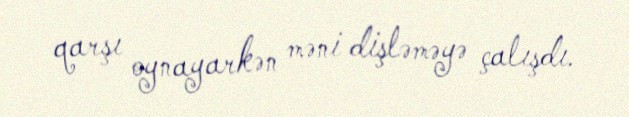
qarşı oynayarkən məni dişləməyə çalışdı.